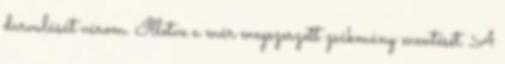
durvulását várom. Illetve a már megszerzett zsákmány mentését. A